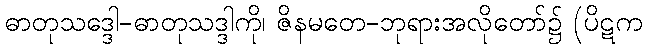
ဓာတုသဒ္ဒေါ-ဓာတုသဒ္ဒါကို၊ ဇိနမတေ-ဘုရားအလိုတော်၌ (ပိဋက